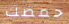
حمضك